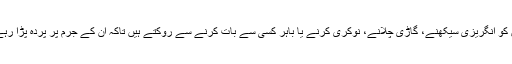
ان کو انگریزی سیکھنے، گاڑی چلانے، نوکری کرنے یا باہر کسی سے بات کرنے سے روکتے ہیں تاکہ ان کے جرم پر پردہ پڑا رہے۔